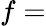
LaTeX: f=